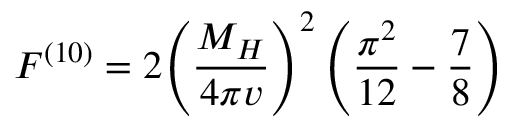
F ^ { ( 1 0 ) } = 2 { \left( \frac { M _ { H } } { 4 \pi v } \right) } ^ { 2 } \left( \frac { \pi ^ { 2 } } { 1 2 } - \frac { 7 } { 8 } \right)